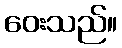
ဝေးသည်။